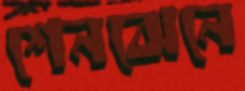
শেনঝেনে